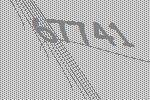
67741